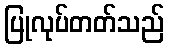
ပြုလုပ်တတ်သည်